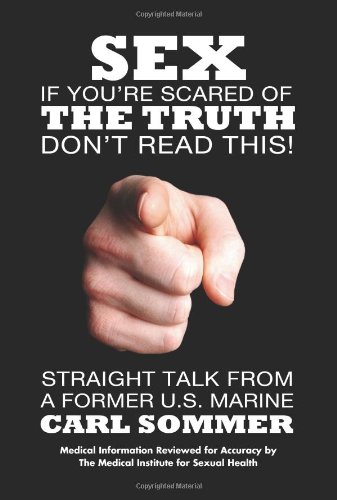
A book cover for SEX: If Your're Scared of The Truth Don't Read This!; Carl Sommer; Teen & Young Adult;